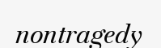
nontragedy